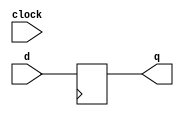
module dffclck(
       input d,clock,
 output q);
 always@(posedge clk)
 begin
	 q<=d;
 end
endmodule